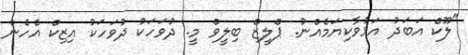
"ލޫކް އަބަދު އަޅުވާކިޔަމެއްނު. ޕްލީޒް ބިލީވް މީ. ދުވަހަކު ދުވަހަކު އިޒިކް އެހެން